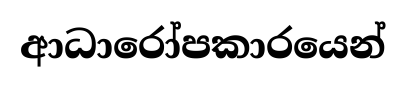
ආධාරෝපකාරයෙන්